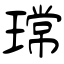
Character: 瑺